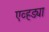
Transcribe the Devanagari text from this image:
एव्हड्या